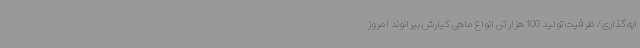
ایه‌گذاری/ ظرفیت تولید 100 هزار تن انواع ماهی کیارش بیرانوند امروز